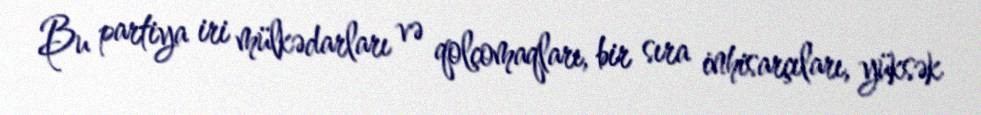
Bu partiya iri mülkədarları və qolçomaqları, bir sıra inhisarçıları, yüksək